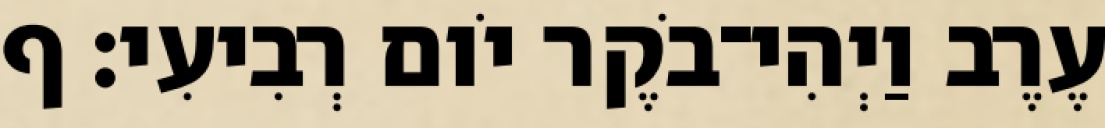
עֶרֶב וַיְהִי־בֹקֶר יֹום רְבִיעִי׃ ף